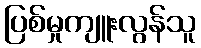
ပြစ်မှုကျူးလွန်သူ